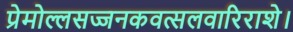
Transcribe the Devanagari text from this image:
प्रेमोल्लसज्जनकवत्सलवारिराशे।